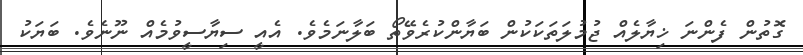
ގޮތުން ފެންނަ ޚިޔާލެއް ޖުމުލަތަކަކުން ބަޔާންކުރެވޭތޯ ބަލާނަމެވެ. އެއީ ސިޔާސީވުމެއް ނޫނެވެ. ބަޔަކު